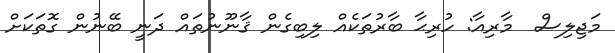
މަޖިލިސް  މާރިއާ: ހުރިޙާ ބާރުތަކެއް ލިބިގެން ޤާނޫނުތައް ދަނީ ބޭނުން ގޮތަކަށް